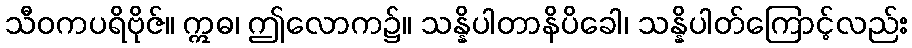
သီဝကပရိဗိုဇ်။ ဣဓ၊ ဤလောက၌။ သန္နိပါတာနိပိခေါ၊ သန္နိပါတ်ကြောင့်လည်း